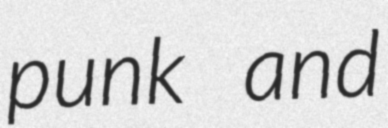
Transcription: punk and